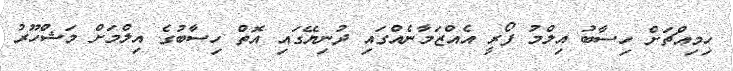
ހިމިއްޗަށް ހިސާބު އިލްމު ފޯރީ އެއްޒަމާނެއްގައި ދުނިޔޭގައި އޮތް ހިސާބުގެ އިލްމަށް މަޝްހޫރު